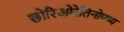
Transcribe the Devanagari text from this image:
छोरिओरेतिनोपथ्य